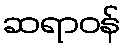
ဆရာဝန်